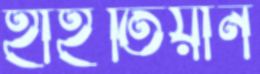
হাইতিয়ান